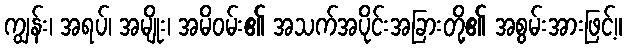
ကျွန်း၊ အရပ်၊ အမျိုး၊ အမိဝမ်း၏ အသက်အပိုင်းအခြားတို့၏ အစွမ်းအားဖြင့်။